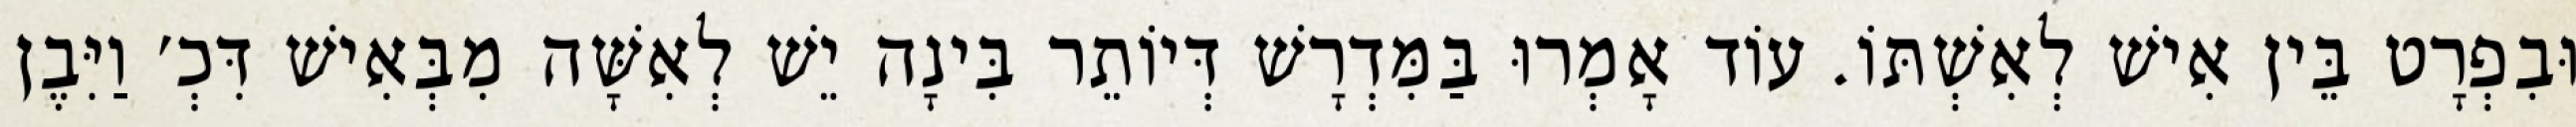
וּבִפְרָט בֵּין אִישׁ לְאִשְׁתּוֹ. עוֹד אָמְרוּ בַּמִּדְרָשׁ דְּיוֹתֵר בִּינָה יֵשׁ לְאִשָּׁה מִבְּאִישׁ דִּכְ׳ וַיִּבֶן